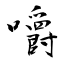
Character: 嚼